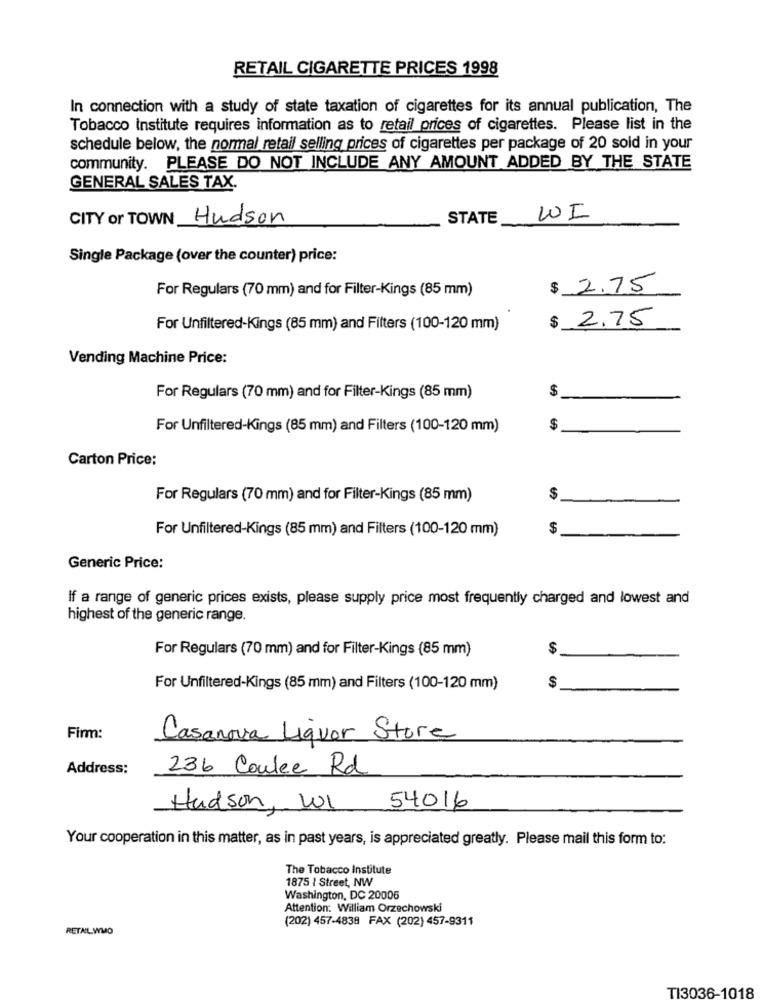
RETAIL CIGARETTE PRICES 1998
In connection with a study of state taxation of cigarettes for its annual publication, The
Tobacco Institute requires information as to retail prices of cigarettes. Please list in the
schedule below, the normal retail selling prices of cigarettes per package of 20 sold in your
community. PLEASE DO NOT INCLUDE ANY AMOUNT ADDED BY THE STATE
GENERAL SALES TAX.
CITY or TOWN Hudson
STATE
WI
Single Package (over the counter) price:
For Regulars (70 mm) and for Filter-Kings (85 mm)
$ 2.75
$ 2.75
For Unfiltered-Kings (85 mm) and Filters (100-120 mm)
Vending Machine Price:
$
For Regulars (70 mm) and for Filter-Kings (85 mm)
For Unfiltered-Kings (85 mm) and Filters (100-120 mm)
$
Carton Price:
For Regulars (70 mm) and for Filter-Kings (85 mm)
$
For Unfiltered-Kings (85 mm) and Filters (100-120 mm)
$
Generic Price:
If a range of generic prices exists, please supply price most frequently charged and lowest and
highest of the generic range.
For Regulars (70 mm) and for Filter-Kings (85 mm)
$
For Unfiltered-Kings (85 mm) and Filters (100-120 mm)
$
Firm:
Casanova Liquor Store
Address:
236 Coulee Rd
Hudson, WI
54016
Your cooperation in this matter, as in past years, is appreciated greatly. Please mail this form to:
The Tobacco Institute
1875 | Street, NW
Washington, DC 20006
Attention: William Orzechowski
RETAL WMO
(202) 457-4838 FAX (202) 457-9311
TI3036-1018